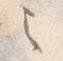
之